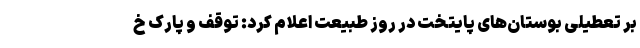
بر تعطیلی بوستان‌های پایتخت در روز طبیعت اعلام کرد: توقف و پارک خ